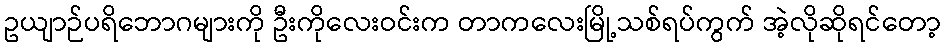
ဥယျာဉ်ပရိဘောဂများကို ဦးကိုလေးဝင်းက တာကလေးမြို့သစ်ရပ်ကွက် အဲ့လိုဆိုရင်တော့